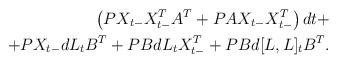
LaTeX: \begin{align*}\left( PX_{t-}X^T_{t-}A^T+PAX_{t-}X^{T}_{t-}\right)dt+ \\ + PX_{t-} dL_t B^T+PB dL_t X^T_{t-}+PB d[L,L]_t B^T.\end{align*}